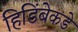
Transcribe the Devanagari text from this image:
हिडिंबेकडे